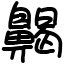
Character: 齃